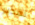
تقدير